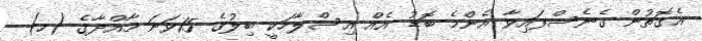
އެގޮތުން ގެނެސްފައިވާ އެންމެ ބޮޑު އެއް އިސްލާހަކީ ބިލުގެ 15ވަނަ މާއްދާގެ (ހ)